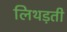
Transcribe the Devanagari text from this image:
लिथड़ती